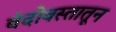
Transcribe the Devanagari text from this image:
बंदोवस्तातून